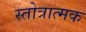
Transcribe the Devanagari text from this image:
स्तोत्रात्मक